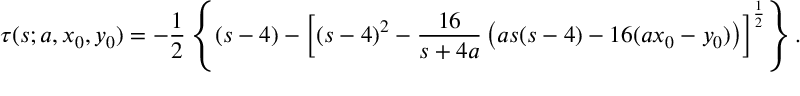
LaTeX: \tau ( s ; a , x _ { 0 } , y _ { 0 } ) = - { \frac { 1 } { 2 } } \left\{ ( s - 4 ) - \left[ ( s - 4 ) ^ { 2 } - { \frac { 1 6 } { s + 4 a } } \left( a s ( s - 4 ) - 1 6 ( a x _ { 0 } - y _ { 0 } ) \right) \right] ^ { \frac { 1 } { 2 } } \right\} .